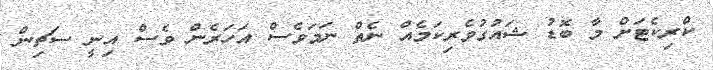
ކްރިކެޓަށް މާ ބޮޑު ޝައުގުވެރިކަމެއް ނެތް ނަމަވެސް އަހަރެން ވެސް އިނީ ސަޗިން